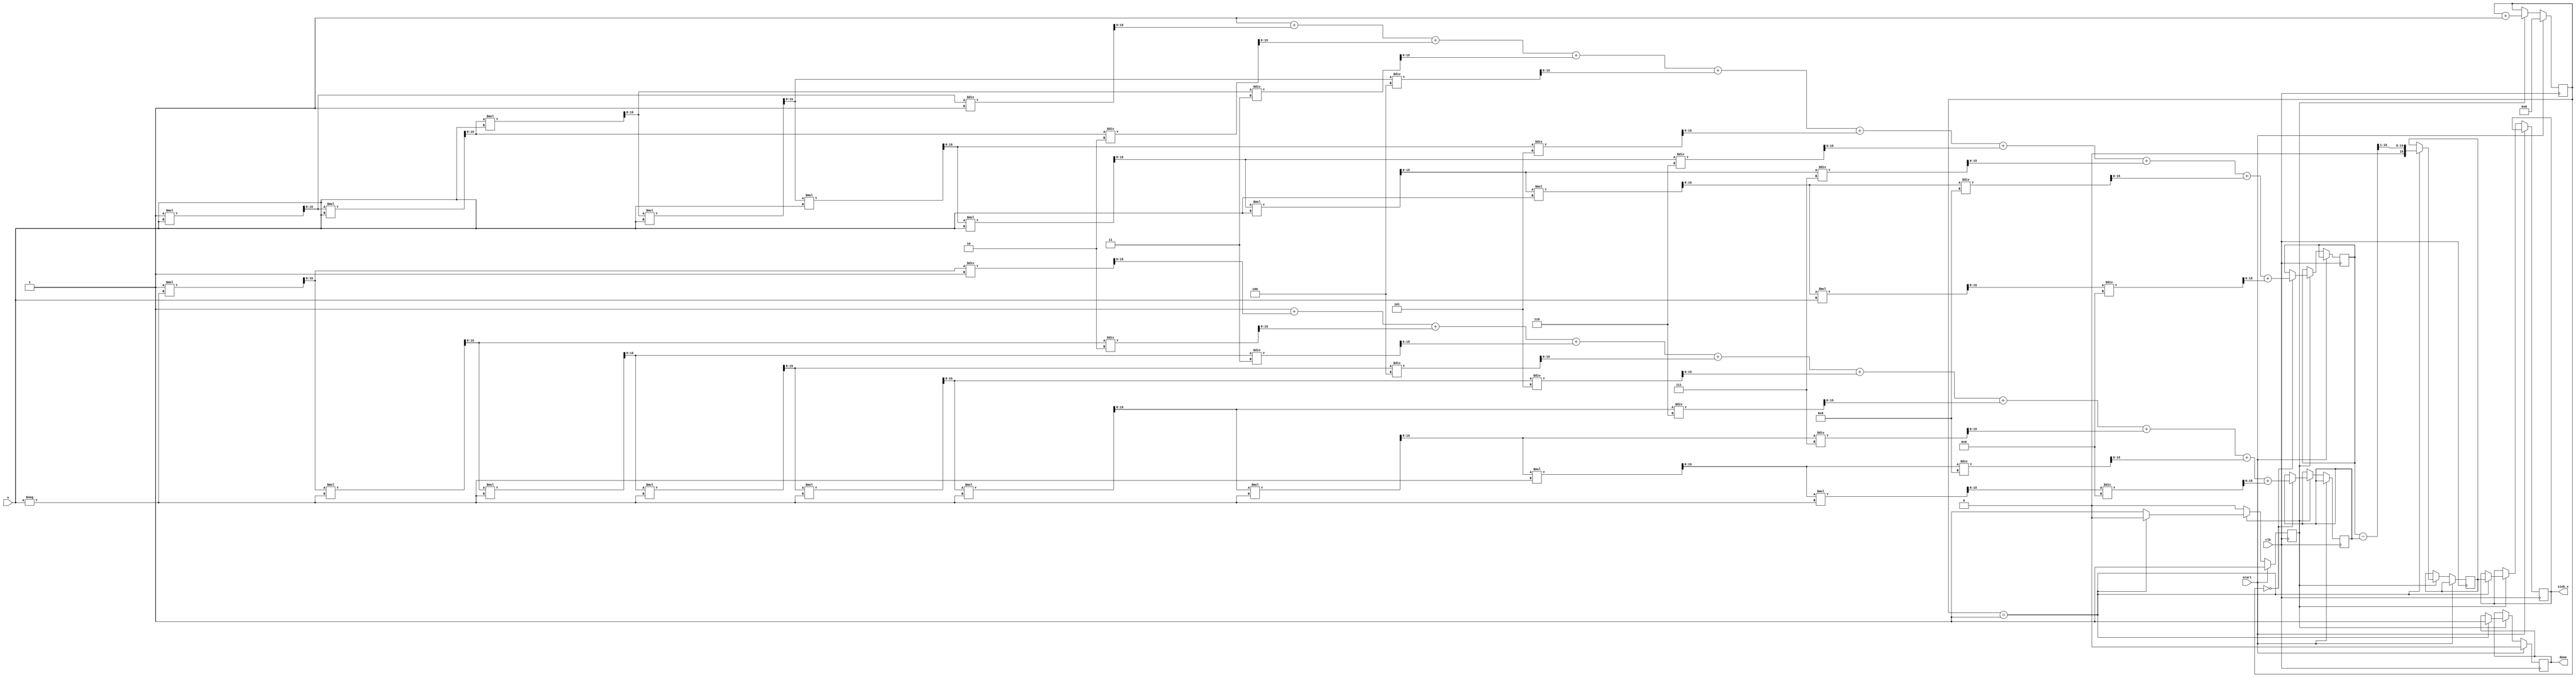
module sinh_block (
    input wire [15:0] x,        // Input: Fixed-point representation of x
    output reg [15:0] sinh_x,   // Output: Fixed-point representation of sinh(x)
    input wire clk,              // Clock signal
    input wire start,            // Start signal for computation
    output reg done              // Done signal for computation
);

    // Parameters for fixed-point representation
    parameter FIXED_POINT_FRACTIONAL_BITS = 8;
    parameter MAX_ITERATIONS = 10; // Number of terms in Taylor series

    // Internal signals
    reg [15:0] exp_x;            // e^x
    reg [15:0] exp_neg_x;        // e^(-x)
    reg [15:0] temp_sinh;        // Temporary variable for sinh calculation
    reg [3:0] iteration;         // Iteration counter
    reg calculating;             // State variable for calculation

    // Exponential function using Taylor series expansion
    function [15:0] exp_taylor;
        input [15:0] val;
        integer i;
        reg [15:0] term;
        reg [15:0] sum;
        begin
            sum = 16'h0001; // e^0 = 1
            term = 16'h0001; // First term (x^0 / 0!)
            for (i = 1; i < MAX_ITERATIONS; i = i + 1) begin
                term = (term * val) >> FIXED_POINT_FRACTIONAL_BITS; // x^i / i!
                sum = sum + term / i; // Add term to sum
            end
            exp_taylor = sum;
        end
    endfunction

    // State machine for computation
    always @(posedge clk) begin
        if (start) begin
            calculating <= 1'b1;
            iteration <= 0;
            done <= 1'b0;
        end else if (calculating) begin
            if (iteration == 0) begin
                exp_x <= exp_taylor(x); // Calculate e^x
                exp_neg_x <= exp_taylor(-x); // Calculate e^(-x)
            end
            
            // Calculate sinh(x) = (e^x - e^(-x)) / 2
            if (iteration == 1) begin
                temp_sinh <= (exp_x - exp_neg_x) >> 1; // Divide by 2
                sinh_x <= temp_sinh; // Assign result to output
                done <= 1'b1; // Set done signal
                calculating <= 1'b0; // End calculation
            end
            
            iteration <= iteration + 1; // Move to next iteration
        end
    end

endmodule